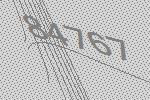
84767